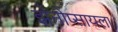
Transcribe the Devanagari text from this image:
झेनोप्सायला